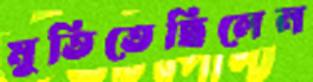
মুতিতেছিলেন